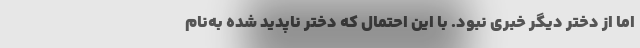
اما از دختر دیگر خبری نبود. با این احتمال که دختر ناپدید شده به‌نام